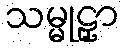
သမ္မုဠှာ